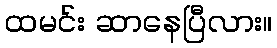
ထမင်း ဆာနေပြီလား။